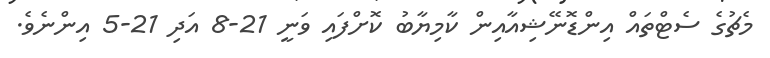
މެޗުގެ ސެޓްތައް އިންޑޮނޭޝިއާއިން ކާމިޔާބު ކޮށްފައި ވަނީ 21-8 އަދި 21-5 އިންނެވެ.